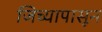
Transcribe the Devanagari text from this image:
जिच्यापासून